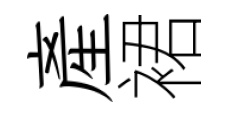
産裙